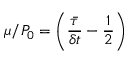
\mu / P _ { 0 } = \left( \frac { \bar { \tau } } { \delta t } - \frac { 1 } { 2 } \right)